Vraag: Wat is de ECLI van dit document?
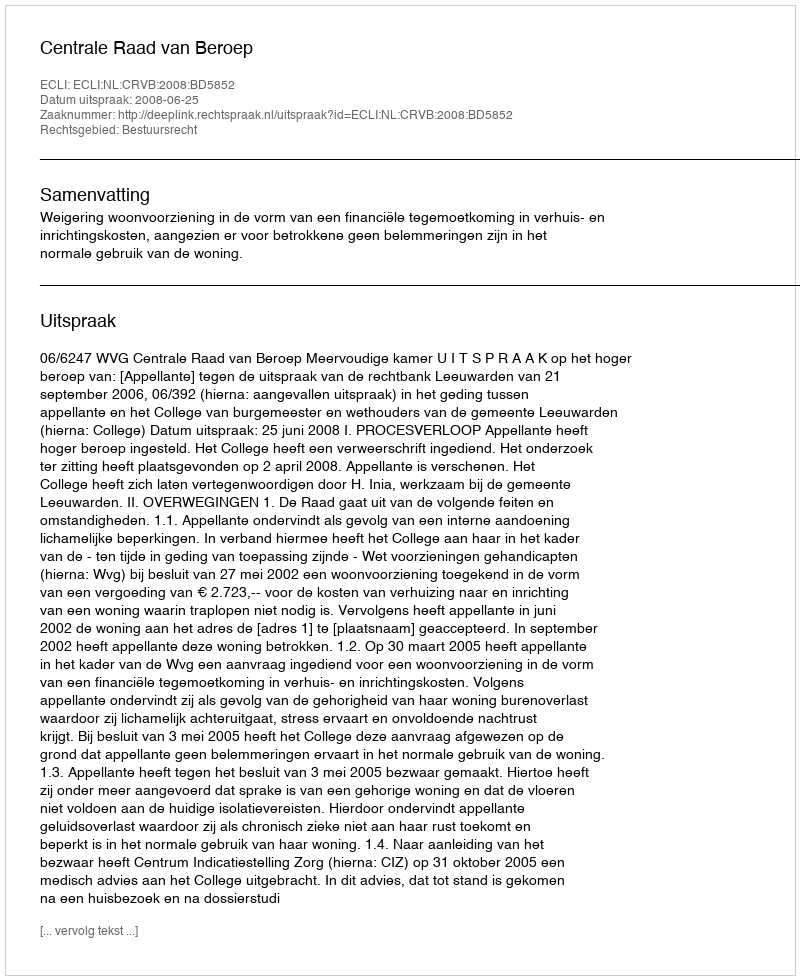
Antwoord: ECLI:NL:CRVB:2008:BD5852